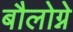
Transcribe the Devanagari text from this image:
बौलोग्ने